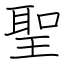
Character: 聖